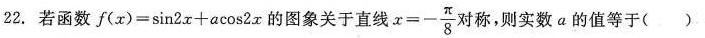
22.若函数 $$ f (x)=sin2x+acos2x $$ 图象关于直线 $$ x=- \frac {π} {8} $$ 称，则实数a的值等于( )